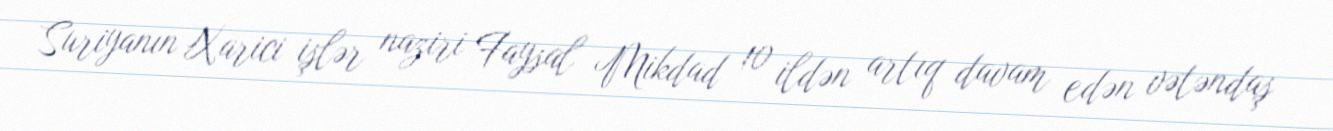
Suriyanın Xarici işlər naziri Faysal Mikdad 10 ildən artıq davam edən vətəndaş